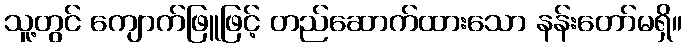
သူ့တွင် ကျောက်ဖြူဖြင့် တည်ဆောက်ထားသော နန်းတော်မရှိ။